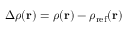
\Delta \rho ( { \bf r } ) = \rho ( { \bf r } ) - \rho _ { \mathrm { r e f } } ( { \bf r } )